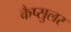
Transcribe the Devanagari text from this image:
कैप्सुलर